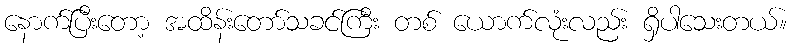
နောက်ပြီးတော့ အထိန်းတော်သခင်ကြီး တစ် ယောက်လုံးလည်း ရှိပါသေးတယ်။